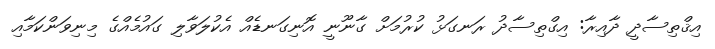
އިޤްތިސާދީ ދާއިރާ: އިގްތިސާދު ރަނގަޅު ކުރުމަށް ގާނޫނީ އޮނިގަނޑެއް އެކުލަވާލި ގައުމެއްގެ މިނިވަންކަމާއި